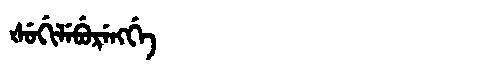
Manchu: ᡧᡠᡤᡳᠯᡝᠪᡠᡵᡝᠩᡤᡝ
Romanization: ŠUGILEBURENGGE